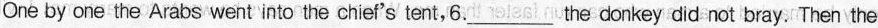
One by one the Arabs went into the chief's tent,6.___the donkey did not bray. Then the